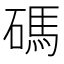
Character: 碼